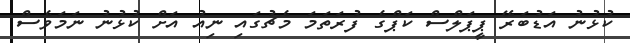
ކުޅުނު އަޑުބަރޭ ޕީޕަލްސް ކަޕްގެ ފުރަތަމަ މެޗުގައި ނިއު އަށް ކުޅުނު ނަމަވެސް